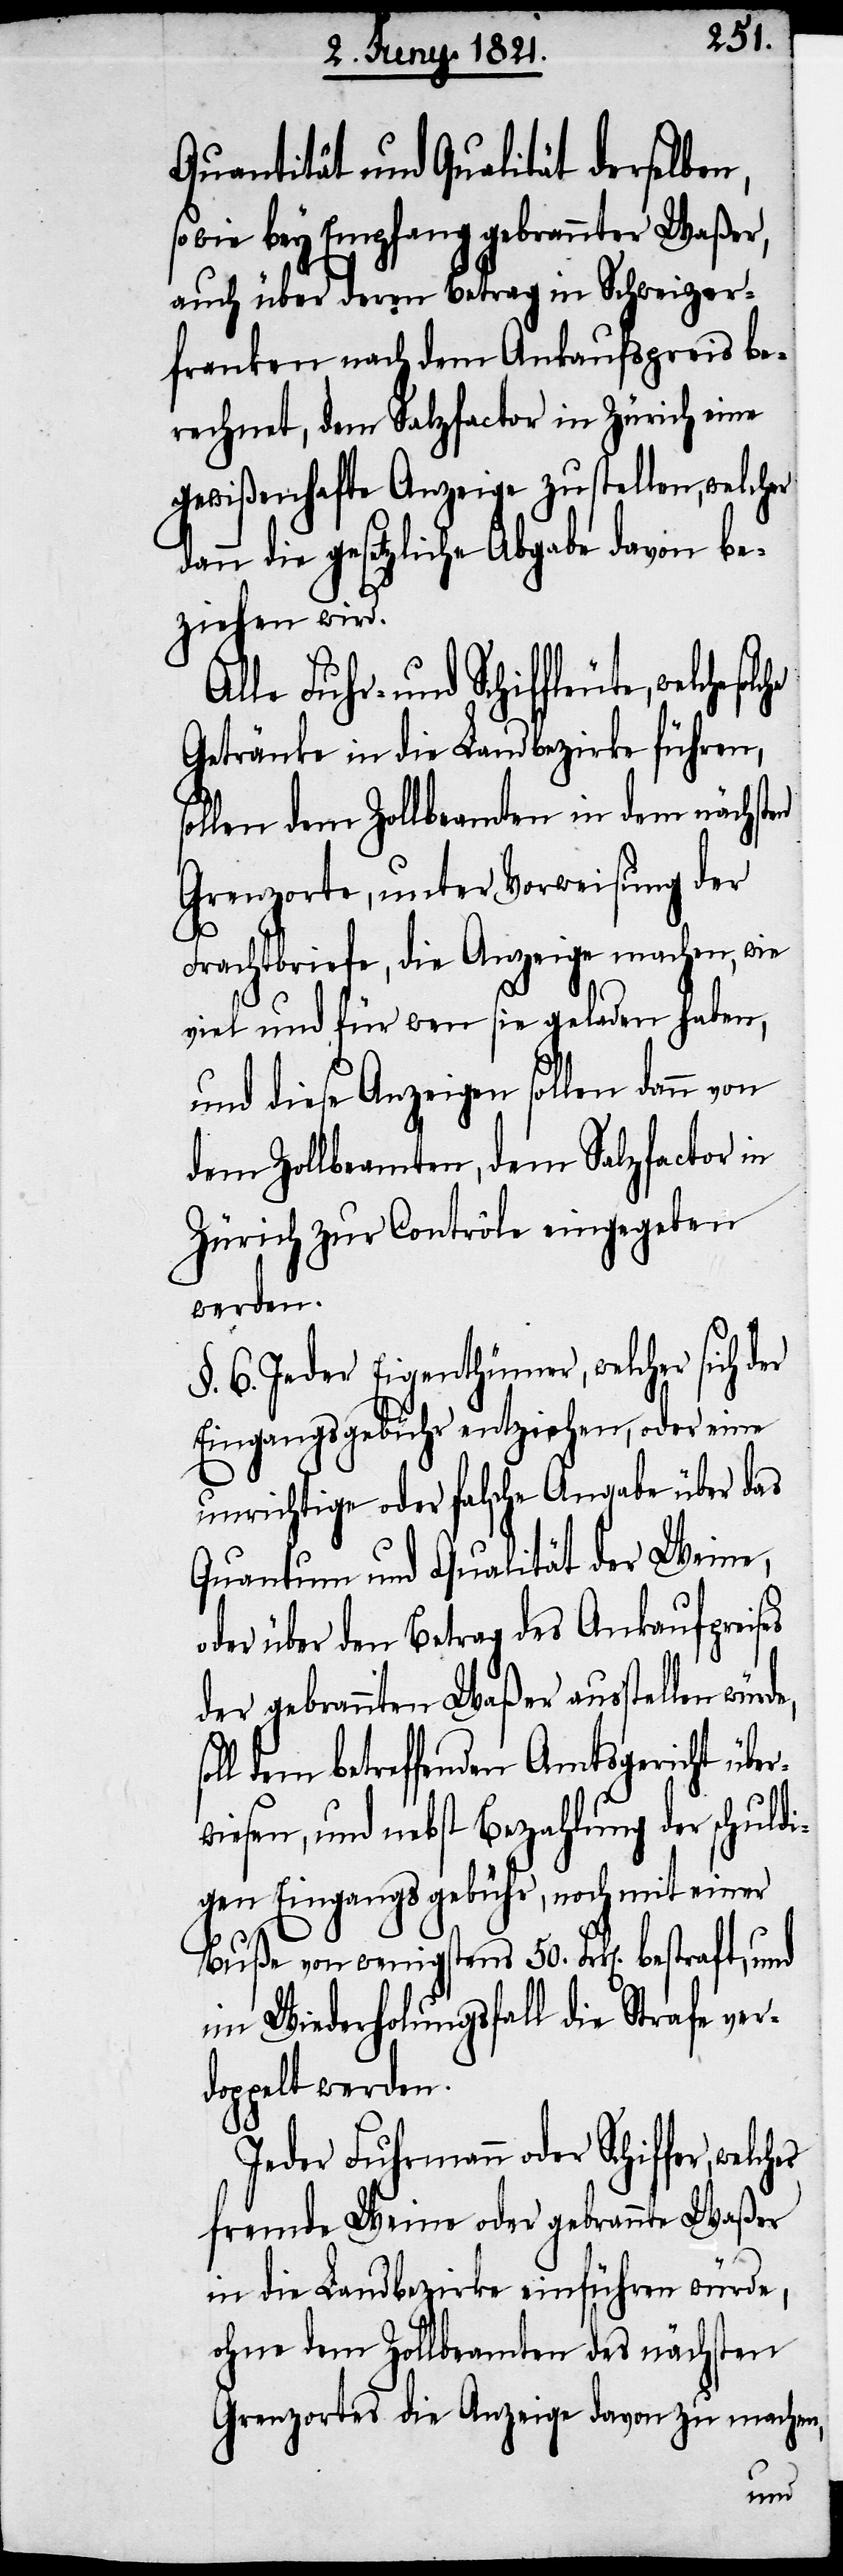
Qualität und Quantität derselben,
sowie bey Empfang gebrannter Waßer,
auch über den Betrag in Schweizer¬
franken nach dem Ankaufspreis be¬
rechnet, dem Salzfactor in Zürich eine
gewißenhafte Anzeige zustellen, welcher
ann die gesetzliche Abgabe davon be¬
ziehen wird.
lle Fuhr- und Schiffleute, welche
Getränke in die Landbezirke führen,
sollen dem Zollbeamten in dem nächsten
Grenzorte, unter Vorweisung der
Frachtbriefe, die Anzeige machen, wie
viel und für wen sie geladen haben,
und diese Anzeigen sollen dann von
dem Zollbeamten, dem Salzfactor in
Zürich zur Contrôle eingegeben
werden.
§. 6. Jeder Eigenthümer, welcher sich der
Eingangsgebühr entziehen, oder eine
unrichtige oder falsche Angabe über das
Quantum und Qualität der Weine,
oder über den Betrag des Ankaufpreises
der gebrannten Waßer ausstellen
dem betreffenden Amtsgericht übe¬
rwiesen, und nebst Bezahlung der schuldi¬
gen Eingansgebühr, noch mit einer
Buße von wenigstens 50. Frk[en]. bestraft,
im Wiederholungsfall die Strafe ver¬
doppelt werden.
Jeder Fuhrmann oder Schiffer,
fremde Weine oder gebrannte Waßer
in die Landbezirke einführen würde,
ohne dem Zollbeamten des nächsten
Grenzortes die Anzeige davon zu machen,
und